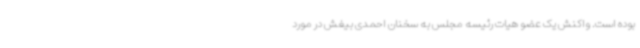
بوده است. واکنش یک عضو هیات رئیسه مجلس به سخنان احمدی بیغش در مورد